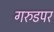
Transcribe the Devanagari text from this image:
गरुडपर